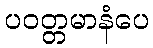
ပဝတ္တမာနံပေ